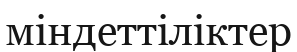
міндеттіліктер